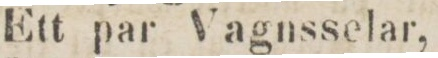
Ett par Vagnsselar,